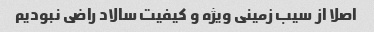
اصلا از سیب زمینی ویژه و کیفیت سالاد راضی نبودیم